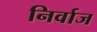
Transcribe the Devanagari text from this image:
निर्वाज